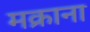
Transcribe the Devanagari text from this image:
मक्राना